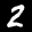
Label: 2